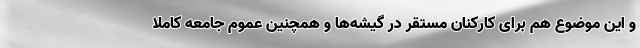
و این موضوع هم برای کارکنان مستقر در گیشه‌ها و همچنین عموم جامعه کاملا